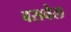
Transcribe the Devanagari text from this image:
बसवेल